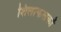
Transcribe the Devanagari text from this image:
शिलाफलकों